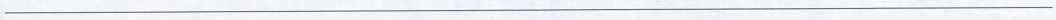
___